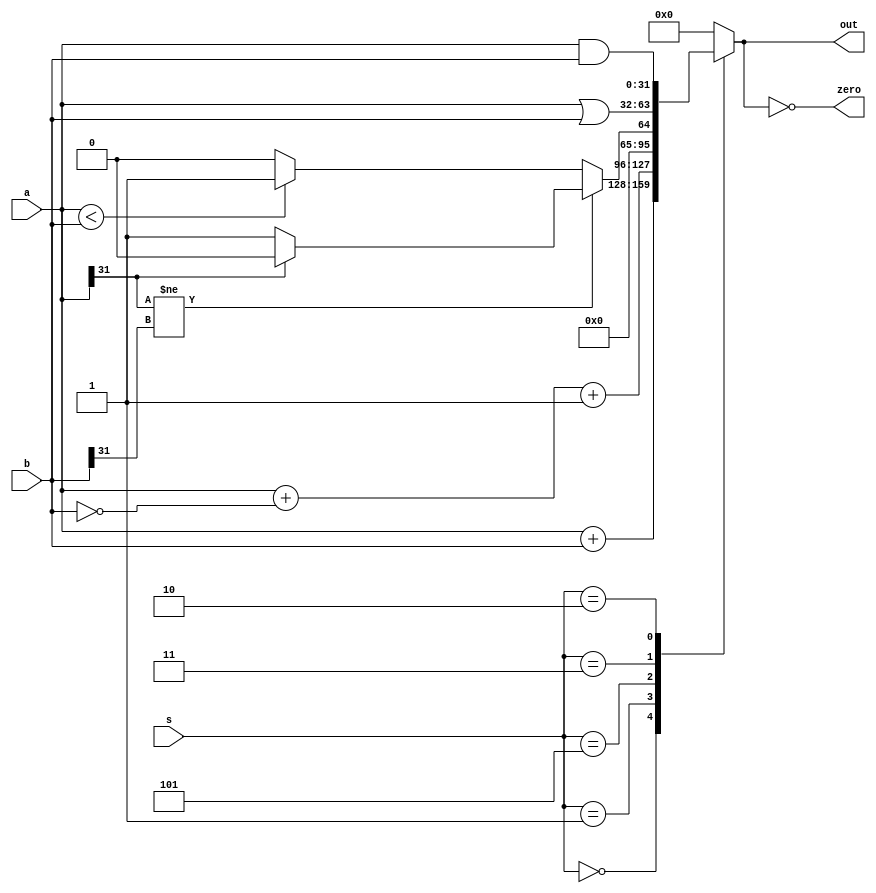
`timescale 1ns / 1ps
//////////////////////////////////////////////////////////////////////////////////
// Company: 
// Engineer: 
// 
// Design Name: 
// Module Name: mux2
// Project Name: 
// Target Devices: 
// Tool Versions: 
// Description: 
// 
// Dependencies: 
// 
// Revision:
// Revision 0.01 - File Created
// Additional Comments:
// 
//////////////////////////////////////////////////////////////////////////////////


module alu(
input [31:0] a,b,
input [2:0] s,
output reg [31:0] out,
output zero  
);
always @(a, b, s) begin
case (s)
3'b000: out <= a + b;         // ADD
3'b001: out <= a + ~b + 1;    //SUB
3'b101: if (a[31] != b[31]) out <= a[31] ? 0 : 1; //SLT
else out <= a < b ? 1 : 0;
3'b011: out <= a | b;    // OR
3'b010: out<= a & b;// AND
default: out = 0;
endcase
end

assign zero = (out == 0);
endmodule